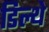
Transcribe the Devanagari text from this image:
डिल्थे